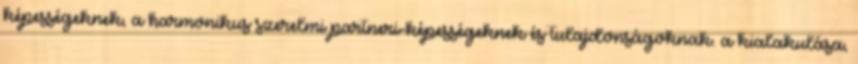
képességeknek, a harmonikus szerelmi partneri-képességeknek és tulajdonságoknak. a kialakulása,